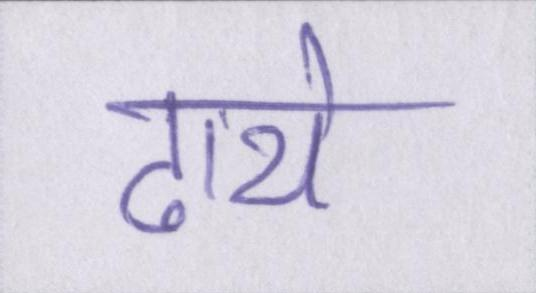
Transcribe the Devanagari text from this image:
ढाये